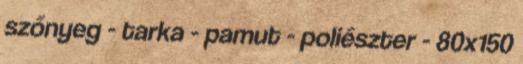
szőnyeg - tarka - pamut - poliészter - 80x150